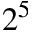
2 ^ { 5 }